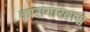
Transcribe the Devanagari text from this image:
कारागारवास